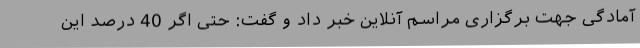
آمادگی جهت برگزاری مراسم آنلاین خبر داد و گفت: حتی اگر 40 درصد این